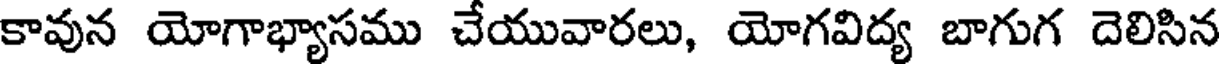
కావున యోగాభ్యాసము చేయువారలు, యోగవిద్య బాగుగ దెలిసిన